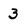
Character: 3